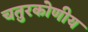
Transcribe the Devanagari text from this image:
चतुरकोणीय